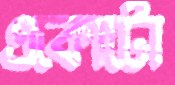
একোটো